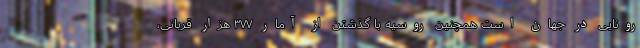
رونایی در جهان است همچنین روسیه با گذشتن از آمار ۳۷۷ هزار قربانی،